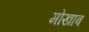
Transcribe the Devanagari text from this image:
मोखाब